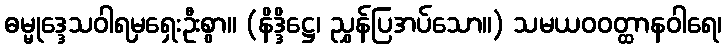
ဓမ္မုဒ္ဒေသဝါရမှရှေးဦးစွာ။ (နိဒ္ဒိဋ္ဌေ၊ ညွှန်ပြအပ်သော။) သမယဝဝတ္ထာနဝါရေ၊